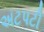
અટપટી